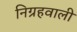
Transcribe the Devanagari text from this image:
निग्रहवाली